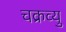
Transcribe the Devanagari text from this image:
चक्रव्यु